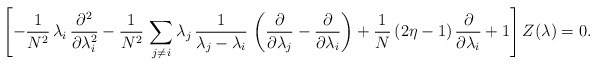
\begin{align*} \left[-\frac{1}{N^2}\,\lambda _i\,\frac{\partial ^2}{\partial \lambda_i^2} -\frac{1}{N^2}\,\sum_{j\neq i}\lambda _j\,\frac{1}{\lambda _j-\lambda _i}\,\left(\frac{\partial}{\partial \lambda _j}- \frac{\partial }{\partial \lambda _i}\right) +\frac{1}{N}\,(2\eta -1)\,\frac{\partial }{\partial \lambda _i}+1\right]Z(\lambda )=0.\end{align*}